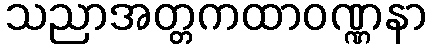
သညာအတ္တကထာဝဏ္ဏနာ